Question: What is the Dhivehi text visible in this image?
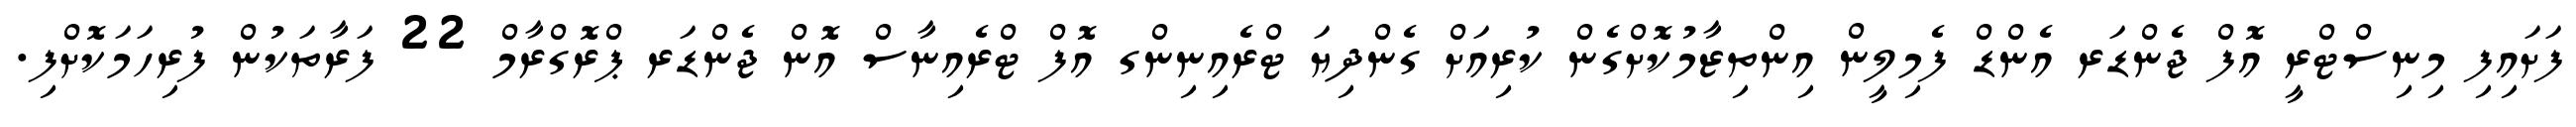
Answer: ފަށައިފި މިނިސްޓްރީ އޮފް ޖެންޑަރ އެންޑް ފެމިލީން އިންތިޒާމުކޮށްގެން ކުރިއަށް ގެންދިޔަ ޓްރެއިނިންގ އޮފް ޓްރެއިނާސް އޮން ޖެންޑަރ ޕްރޮގްރާމް 22 ފަރާތަކުން ފުރިހަމަކޮށްފި.